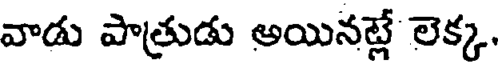
వాడు పాత్రుడు అయినట్లే లెక్క.